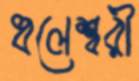
ধলেশ্বরী